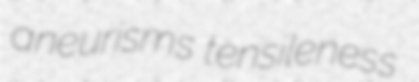
aneurisms tensileness